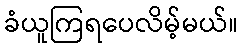
ခံယူကြရပေလိမ့်မယ်။